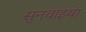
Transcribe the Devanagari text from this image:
सुनवाइयां